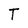
Character: T